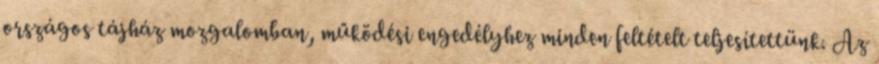
országos tájház mozgalomban, működési engedélyhez minden feltételt teljesítettünk. Az